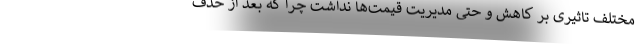
مختلف تاثیری بر کاهش و حتی مدیریت قیمت‌ها نداشت چرا که بعد از حذف